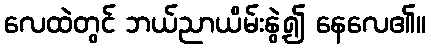
လေထဲတွင် ဘယ်ညာယိမ်းနွဲ့၍ နေလေ၏။